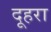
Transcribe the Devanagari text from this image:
दूहरा